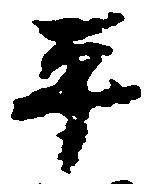
平